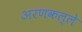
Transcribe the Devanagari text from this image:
अरणकल्ले